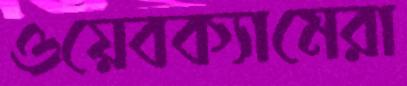
ওয়েবক্যামেরা